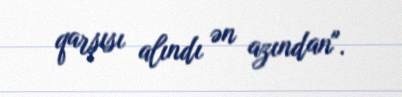
qarşısı alındı ən azından".